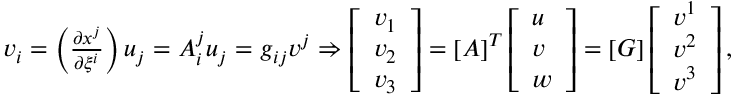
\begin{array} { r } { v _ { i } = \left( \frac { \partial x ^ { j } } { \partial \xi ^ { i } } \right) u _ { j } = A _ { i } ^ { j } u _ { j } = g _ { i j } v ^ { j } \Rightarrow \left[ \begin{array} { l } { v _ { 1 } } \\ { v _ { 2 } } \\ { v _ { 3 } } \end{array} \right] = \left[ \boldsymbol { A } \right] ^ { T } \left[ \begin{array} { l } { u } \\ { v } \\ { w } \end{array} \right] = \left[ \boldsymbol { G } \right] \left[ \begin{array} { l } { v ^ { 1 } } \\ { v ^ { 2 } } \\ { v ^ { 3 } } \end{array} \right] , } \end{array}